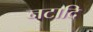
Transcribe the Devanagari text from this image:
नटादि